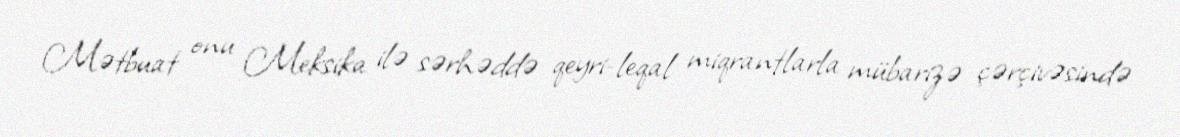
Mətbuat onu Meksika ilə sərhəddə qeyri-leqal miqrantlarla mübarizə çərçivəsində